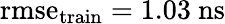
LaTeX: \mathrm{rmse}_{\mathrm{train}}=1.03~\mathrm{ns}